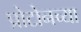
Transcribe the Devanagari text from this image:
प्रोटोनच्या